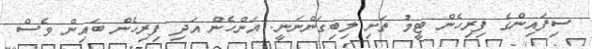
ސިފައިންގެ ފިރިހެން ޓީމު ތަށި ލިބިގަންނަނީ: އަންހެން އަދި ފިރިހެން ބައިން ވެސް